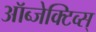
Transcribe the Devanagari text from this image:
ऑब्जेक्टिव्स्